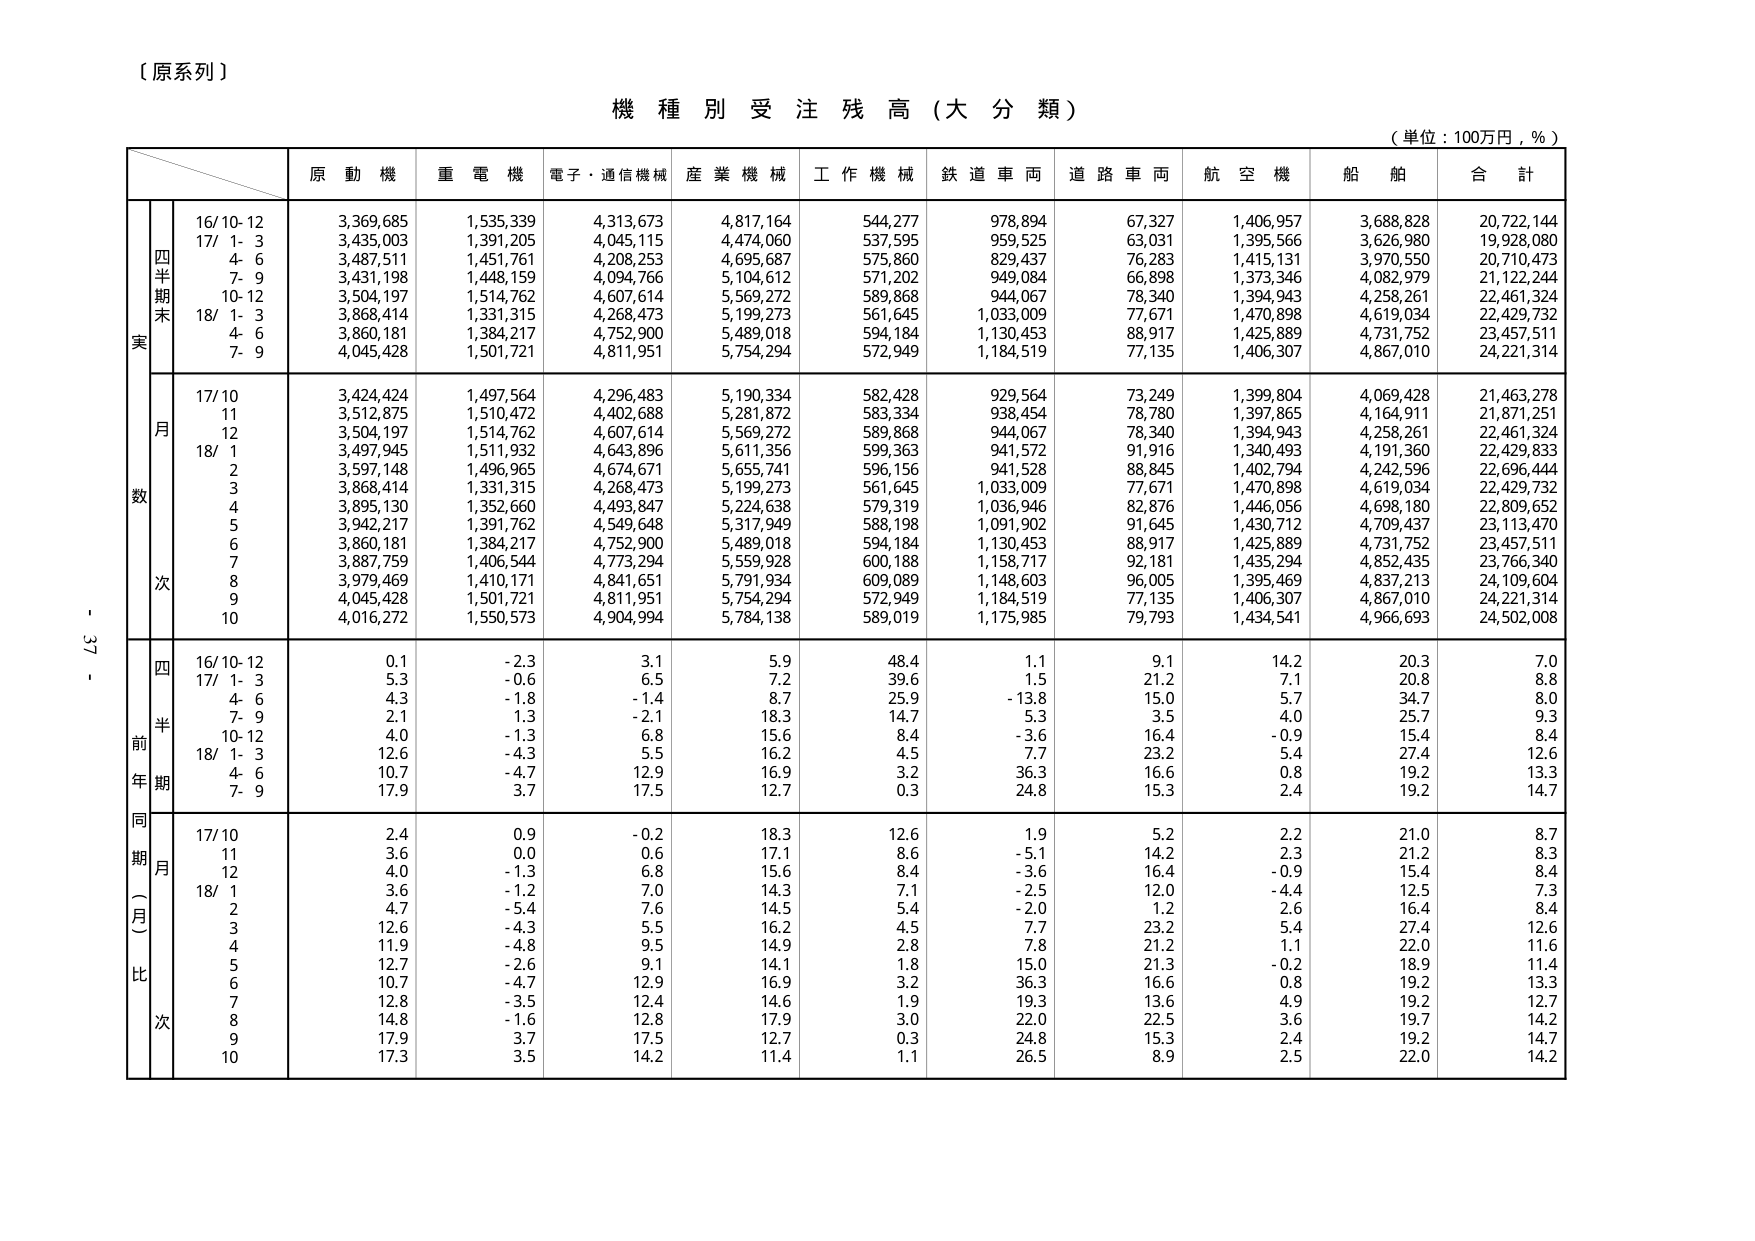
【原系列】

機種別受注残高（大分類）

（単位：100万円，％）

原動機　重電機　電子・通信機械　産業機械　工作機械　鉄道車両　道路車両　航空機　船舶　合計

四半期末
実
16/10-12　3,369,685　1,535,339　4,313,673　4,817,164　544,277　978,894　67,327　1,406,957　3,688,828　20,722,144
17/1-3　3,435,003　1,391,205　4,045,115　4,474,060　537,595　959,525　63,031　1,395,566　3,626,980　19,928,080
　4-6　3,487,511　1,451,761　4,208,253　4,695,687　575,860　829,437　76,283　1,415,131　3,970,550　20,710,473
　7-9　3,431,198　1,448,159　4,094,766　5,104,612　571,202　949,084　66,898　1,373,346　4,082,979　21,122,244
　10-12　3,504,197　1,514,762　4,607,614　5,569,272　589,868　944,067　78,340　1,394,943　4,258,261　22,461,324
18/1-3　3,868,414　1,331,315　4,268,473　5,199,273　561,645　1,033,009　77,671　1,470,898　4,619,034　22,429,732
　4-6　3,860,181　1,384,217　4,752,900　5,489,018　594,184　1,130,453　88,917　1,425,889　4,731,752　23,457,511
　7-9　4,045,428　1,501,721　4,811,951　5,754,294　572,949　1,184,519　77,135　1,406,307　4,867,010　24,221,314

月次
17/10　3,424,424　1,497,564　4,296,483　5,190,334　582,428　929,564　73,249　1,399,804　4,069,428　21,463,278
　11　3,512,875　1,510,472　4,402,688　5,281,872　583,334　938,454　78,780　1,397,865　4,164,911　21,871,251
　12　3,504,197　1,514,762　4,607,614　5,569,272　589,868　944,067　78,340　1,394,943　4,258,261　22,461,324
18/1　3,497,945　1,511,932　4,643,896　5,611,356　599,363　941,572　91,916　1,340,493　4,191,360　22,429,833
　2　3,597,148　1,496,965　4,674,671　5,655,741　596,156　941,528　88,845　1,402,794　4,242,596　22,696,444
　3　3,868,414　1,331,315　4,268,473　5,199,273　561,645　1,033,009　77,671　1,470,898　4,619,034　22,429,732
　4　3,895,130　1,352,660　4,493,847　5,224,638　579,319　1,036,946　82,876　1,446,056　4,698,180　22,809,652
　5　3,942,217　1,391,762　4,549,648　5,317,949　588,198　1,091,902　91,645　1,430,712　4,709,437　23,113,470
　6　3,860,181　1,384,217　4,752,900　5,489,018　594,184　1,130,453　88,917　1,425,889　4,731,752　23,457,511
　7　3,887,759　1,406,544　4,773,294　5,559,928　600,188　1,158,717　92,181　1,435,294　4,852,435　23,766,340
　8　3,979,469　1,410,171　4,841,651　5,791,934　609,089　1,148,603　96,005　1,395,469　4,837,213　24,109,604
　9　4,045,428　1,501,721　4,811,951　5,754,294　572,949　1,184,519　77,135　1,406,307　4,867,010　24,221,314
　10　4,016,272　1,550,573　4,904,994　5,784,138　589,019　1,175,985　79,793　1,434,541　4,966,693　24,502,008

四半期前年比
16/10-12　0.1　-2.3　3.1　5.9　48.4　1.1　9.1　14.2　20.3　7.0
17/1-3　5.3　-0.6　6.5　7.2　39.6　1.5　21.2　7.1　20.8　8.8
　4-6　4.3　-1.8　-1.4　8.7　25.9　-13.8　15.0　5.7　34.7　8.0
　7-9　2.1　1.3　-2.1　18.3　14.7　5.3　3.5　4.0　25.7　9.3
　10-12　4.0　-1.3　6.8　15.6　8.4　-3.6　16.4　-0.9　15.4　8.4
18/1-3　12.6　-4.3　5.5　16.2　4.5　7.7　23.2　5.4　27.4　12.6
　4-6　10.7　-4.7　12.9　16.9　3.2　36.3　16.6　0.8　19.2　13.3
　7-9　17.9　3.7　17.5　12.7　0.3　24.8　15.3　2.4　19.2　14.7

同期（月）比
17/10　2.4　0.9　-0.2　18.3　12.6　1.9　5.2　2.2　21.0　8.7
　11　3.6　0.0　0.6　17.1　8.6　-5.1　14.2　2.3　21.2　8.3
　12　4.0　-1.3　6.8　15.6　8.4　-3.6　16.4　-0.9　15.4　8.4
18/1　3.6　-1.2　7.0　14.3　7.1　-2.5　12.0　-4.4　12.5　7.3
　2　4.7　-5.4　7.6　14.5　5.4　-2.0　1.2　2.6　16.4　8.4
　3　12.6　-4.3　5.5　16.2　4.5　7.7　23.2　5.4　27.4　12.6
　4　11.9　-4.8　9.5　14.9　2.8　7.8　21.2　1.1　22.0　11.6
　5　12.7　-2.6　9.1　14.1　1.8　15.0　21.3　-0.2　18.9　11.4
　6　10.7　-4.7　12.9　16.9　3.2　36.3　16.6　0.8　19.2　13.3
　7　12.8　-3.5　12.4　14.6　1.9　19.3　13.6　4.9　19.2　12.7
　8　14.8　-1.6　12.8　17.9　3.0　22.0　22.5　3.6　19.7　14.2
　9　17.9　3.7　17.5　12.7　0.3　24.8　15.3　2.4　19.2　14.7
　10　17.3　3.5　14.2　11.4　1.1　26.5　8.9　2.5　22.0　14.2

- 37 -